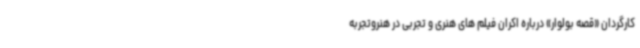
کارگردان «قصه بولوار» درباره اکران فیلم های هنری و تجربی در هنروتجربه